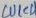
Text: WK4